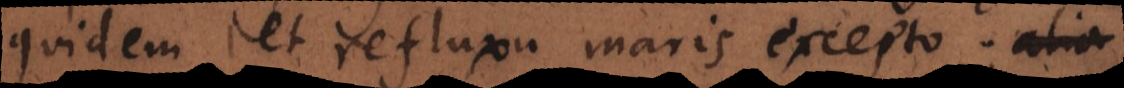
quidem, et refluxu maris excepto;